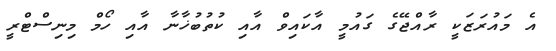
އެ މައުރަޒަކީ ރާއްޖޭގެ ގައުމީ އާކައިވް އާއި ކުތުބުޚާނާ އާއި ހޯމް މިނިސްޓްރީ